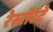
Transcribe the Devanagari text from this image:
रेस्टॉरंटे